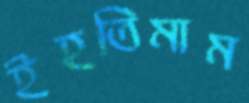
ইহতিমাম